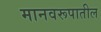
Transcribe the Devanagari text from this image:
मानवरूपातील